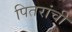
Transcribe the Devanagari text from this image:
पितरांची